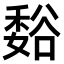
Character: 𫎂